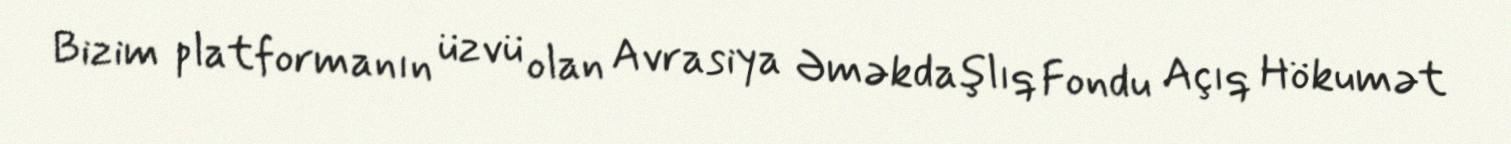
Bizim platformanın üzvü olan Avrasiya Əməkdaşlıq Fondu Açıq Hökumət